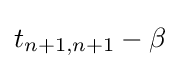
t_{n+1,n+1}-\beta